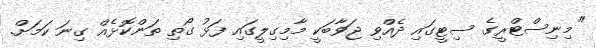
"މިނިސްޓްރީގެ ސިޓީގައި ދެއްވި ޖަވާބަކީ މާމިގިލީގައި ފަޅު ގޯތި ތަންކޮޅެއް ގިނަ ކަމަށް.